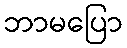
ဘာမပြော